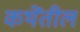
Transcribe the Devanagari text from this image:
कथेंतील